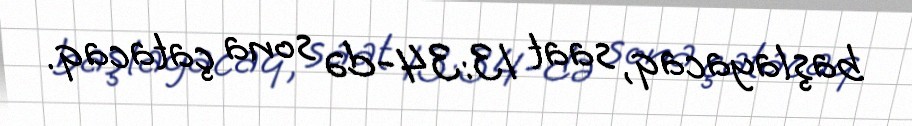
başlayacaq, saat 13:34-də sona çatacaq.